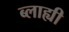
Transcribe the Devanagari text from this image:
ब्लाह्यी